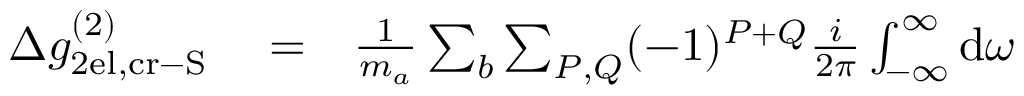
\begin{array} { r l r } { \Delta g _ { \mathrm { 2 e l , c r - S } } ^ { ( 2 ) } } & { { } = } & { \frac { 1 } { m _ { a } } \sum _ { b } \sum _ { P , Q } ( - 1 ) ^ { P + Q } \frac { i } { 2 \pi } \int _ { - \infty } ^ { \infty } \mathrm { d } \omega } \end{array}